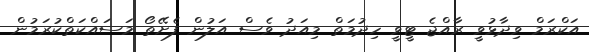
އަކްރަމް ވިދާޅުވީ ރާއްޖެ ޓީވީ ހިދުމަތް މިއަދު ވެސް އަލުން ފެށޭތޯ މަސައްކަތްކުރަމުން